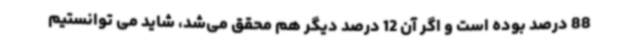
88 درصد بوده است و اگر آن 12 درصد دیگر هم محقق می‌شد، شاید می توانستیم